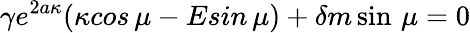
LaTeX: \gamma e^{2a\kappa}(\kappa cos\, \mu-Esin\, \mu)+\delta m\sin\, \mu=0